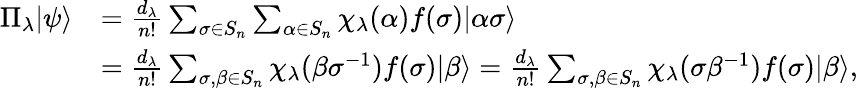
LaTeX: \begin{array}{rl}{\Pi_{\lambda}|\psi\rangle}&{=\frac{d_{\lambda}}{n!}\sum_{\sigma\in S_{n}}\sum_{\alpha\in S_{n}}\chi_{\lambda}(\alpha)f(\sigma)|\alpha\sigma\rangle}\\ &{=\frac{d_{\lambda}}{n!}\sum_{\sigma,\beta\in S_{n}}\chi_{\lambda}(\beta\sigma^{-1})f(\sigma)|\beta\rangle=\frac{d_{\lambda}}{n!}\sum_{\sigma,\beta\in S_{n}}\chi_{\lambda}(\sigma\beta^{-1})f(\sigma)|\beta\rangle,}\end{array}